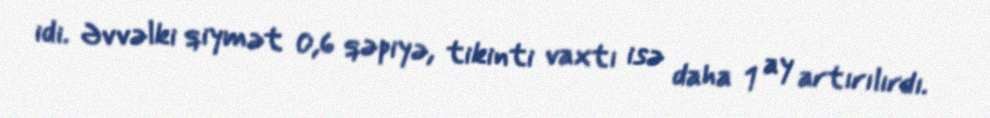
idi. Əvvəlki qiymət 0,6 qəpiyə, tikinti vaxtı isə daha 1 ay artırılırdı.